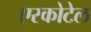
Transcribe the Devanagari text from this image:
एस्कोटेल